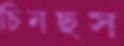
চিনছস